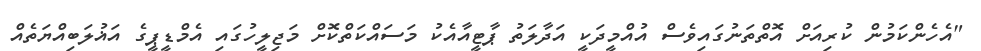
"އެހެންކަމުން ކުރިއަށް އޮތްތަނުގައިވެސް އުއްމީދަކީ އަދާލަތު ޕާޓީއާއެކު މަސައްކަތްކޮށް މަޖިލީހުގައި އެމްޑީޕީގެ އަޣުލަބިއްޔަތެއް